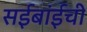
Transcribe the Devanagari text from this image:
सईबांईची